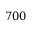
7 0 0